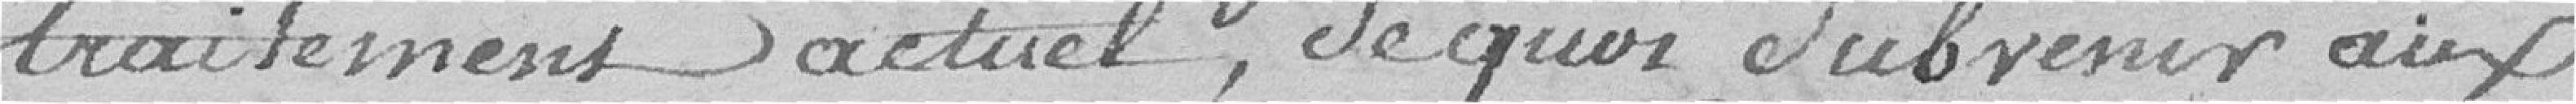
traitement actuel, de quoi subvenir aux